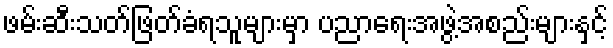
ဖမ်းဆီးသတ်ဖြတ်ခံရသူများမှာ ပညာရေးအဖွဲ့အစည်းများနှင့်